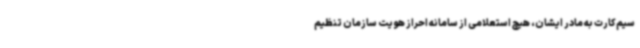
سیم‌کارت به مادر ایشان، هیچ استعلامی از سامانه احراز هویت سازمان تنظیم